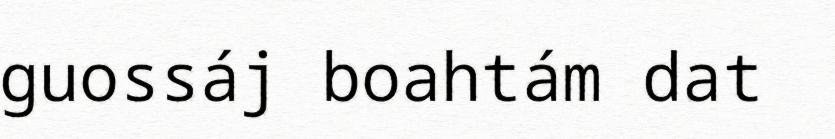
guossáj boahtám dat